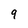
Character: 9